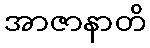
အာဇာနာတိ